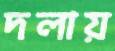
দলায়